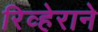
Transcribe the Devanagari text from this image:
रिव्हेराने